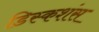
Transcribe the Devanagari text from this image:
डिस्कशंस